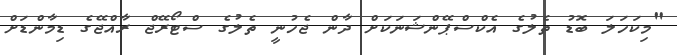
"މިކަހަލަ ބޮޑު ތެލުގެ އެކްސްޕޭންޝަނަކަށް ދާން ޖެހުނީ ތެލުގެ ސްޓޯރޭޖް ރާއްޖޭގެ ޑިމާންޑަށް